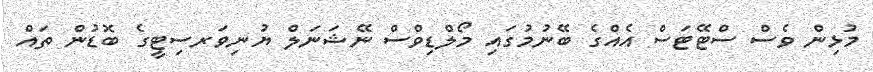
މުޅިން ވެސް ސްޓޭޓަސް އެއްގެ ބޭނުމުގައި މޯލްޑިވްސް ނޭޝަނަލް ޔުނިވަރސިޓީގެ ބޮޑުން ތައް